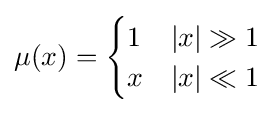
\mu (x)={\begin{cases}1&|x|\gg 1\\x&|x|\ll 1\end{cases}}